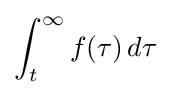
\int _{t}^{\infty }f(\tau )\,d\tau